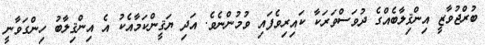
ބުރްޖުވާޒީ އިންޤިލާބެއްގެ ދުވަސްވަރަކާ ކައިރިވެފައި ވުމުންނެވެ. އަދި ޔަޤީންކަމާއެކު އެ އިންޤިލާބު ހިންގަވާނީ